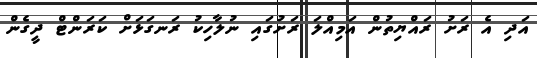
އަދި އެ ރަށު ރައްޔިތުން އަމިއްލަ ރަށުގައި ނުލާހިކު ރަނގަޅަށް ކަރަންޓް ދީގެން